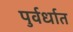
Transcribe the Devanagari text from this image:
पुर्वर्धात